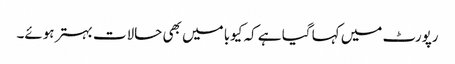
رپورٹ میں کہا گیا ہے کہ کیوبا میں بھی حالات بہتر ہوئے۔